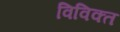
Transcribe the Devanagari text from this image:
विविक्त